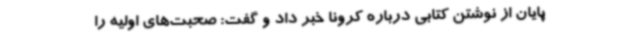
پایان از نوشتن کتابی درباره کرونا خبر داد و گفت: صحبت‌های اولیه را